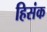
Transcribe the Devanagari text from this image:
हिसंक